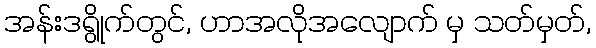
အန်းဒရွိုက်တွင်, ဟာအလိုအလျောက် မှ သတ်မှတ်,